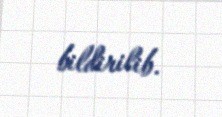
bildirilib.